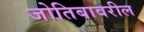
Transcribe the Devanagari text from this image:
जोतिबावरील